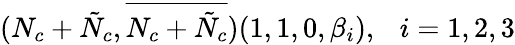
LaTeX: (N_{c}+\tilde{N}_{c},\overline{{{N_{c}+\tilde{N}_{c}}}})(1,1,0,\beta_{i}),\ \ \ i=1,2,3